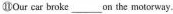
⑩Our car broke ___ on the moterway.